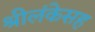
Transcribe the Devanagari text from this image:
श्रीलंकेसह